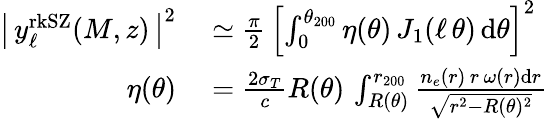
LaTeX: \begin{array}{rl}{\left|\, y_{\ell}^{\mathrm{rkSZ}}(M,z)\, \right|^{2}}&{{}\simeq\frac{\pi}{2}\, \left[\int_{0}^{\theta_{200}}\eta(\theta)\, J_{1}(\ell\, \theta)\, \mathrm{d}\theta\right]^{2}}\\ {\eta(\theta)}&{{}=\frac{2\sigma_{T}}{c}R(\theta)\, \int_{R(\theta)}^{r_{200}}\frac{n_{e}(r)\, r\, \omega(r)\mathrm{d}r}{\sqrt{r^{2}-R(\theta)^{2}}}}\end{array}